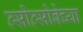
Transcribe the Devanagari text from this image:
त्सोत्सोबेच्या